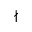
\nmid